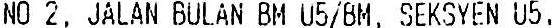
NO 2, JALAN BULAN BM U5/BM, SEKSYEN U5,